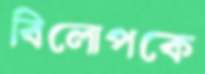
বিলোপকে